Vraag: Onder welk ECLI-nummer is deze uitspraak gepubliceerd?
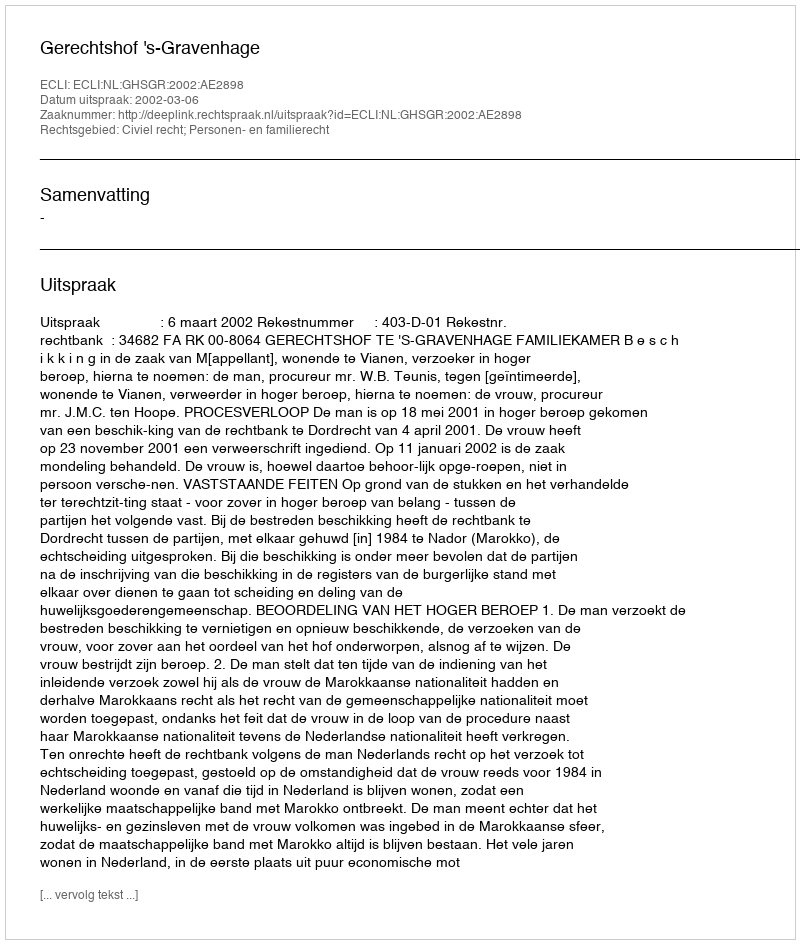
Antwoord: ECLI:NL:GHSGR:2002:AE2898